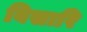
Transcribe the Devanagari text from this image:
बिसारि